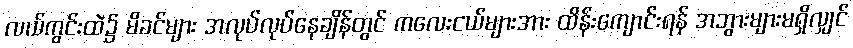
လယ်ကွင်းထဲ၌ မိခင်များ အလုပ်လုပ်နေချိန်တွင် ကလေးငယ်များအား ထိန်းကျောင်းရန် အဘွားများမရှိလျှင်